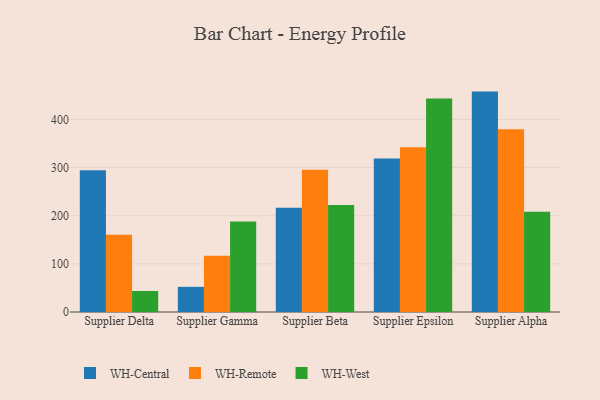
{"axis": {"x": "Supplier", "y": "Churn Rate (%)"}, "legend": ["WH-Central", "WH-Remote", "WH-West"], "data": [{"x": "Supplier Delta", "y": 294.6, "type": "WH-Central"}, {"x": "Supplier Delta", "y": 160.6, "type": "WH-Remote"}, {"x": "Supplier Delta", "y": 43.7, "type": "WH-West"}, {"x": "Supplier Gamma", "y": 52.3, "type": "WH-Central"}, {"x": "Supplier Gamma", "y": 117.0, "type": "WH-Remote"}, {"x": "Supplier Gamma", "y": 187.8, "type": "WH-West"}, {"x": "Supplier Beta", "y": 216.5, "type": "WH-Central"}, {"x": "Supplier Beta", "y": 295.4, "type": "WH-Remote"}, {"x": "Supplier Beta", "y": 222.5, "type": "WH-West"}, {"x": "Supplier Epsilon", "y": 318.7, "type": "WH-Central"}, {"x": "Supplier Epsilon", "y": 342.3, "type": "WH-Remote"}, {"x": "Supplier Epsilon", "y": 443.7, "type": "WH-West"}, {"x": "Supplier Alpha", "y": 457.9, "type": "WH-Central"}, {"x": "Supplier Alpha", "y": 379.6, "type": "WH-Remote"}, {"x": "Supplier Alpha", "y": 208.1, "type": "WH-West"}]}